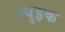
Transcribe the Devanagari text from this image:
म्युइक